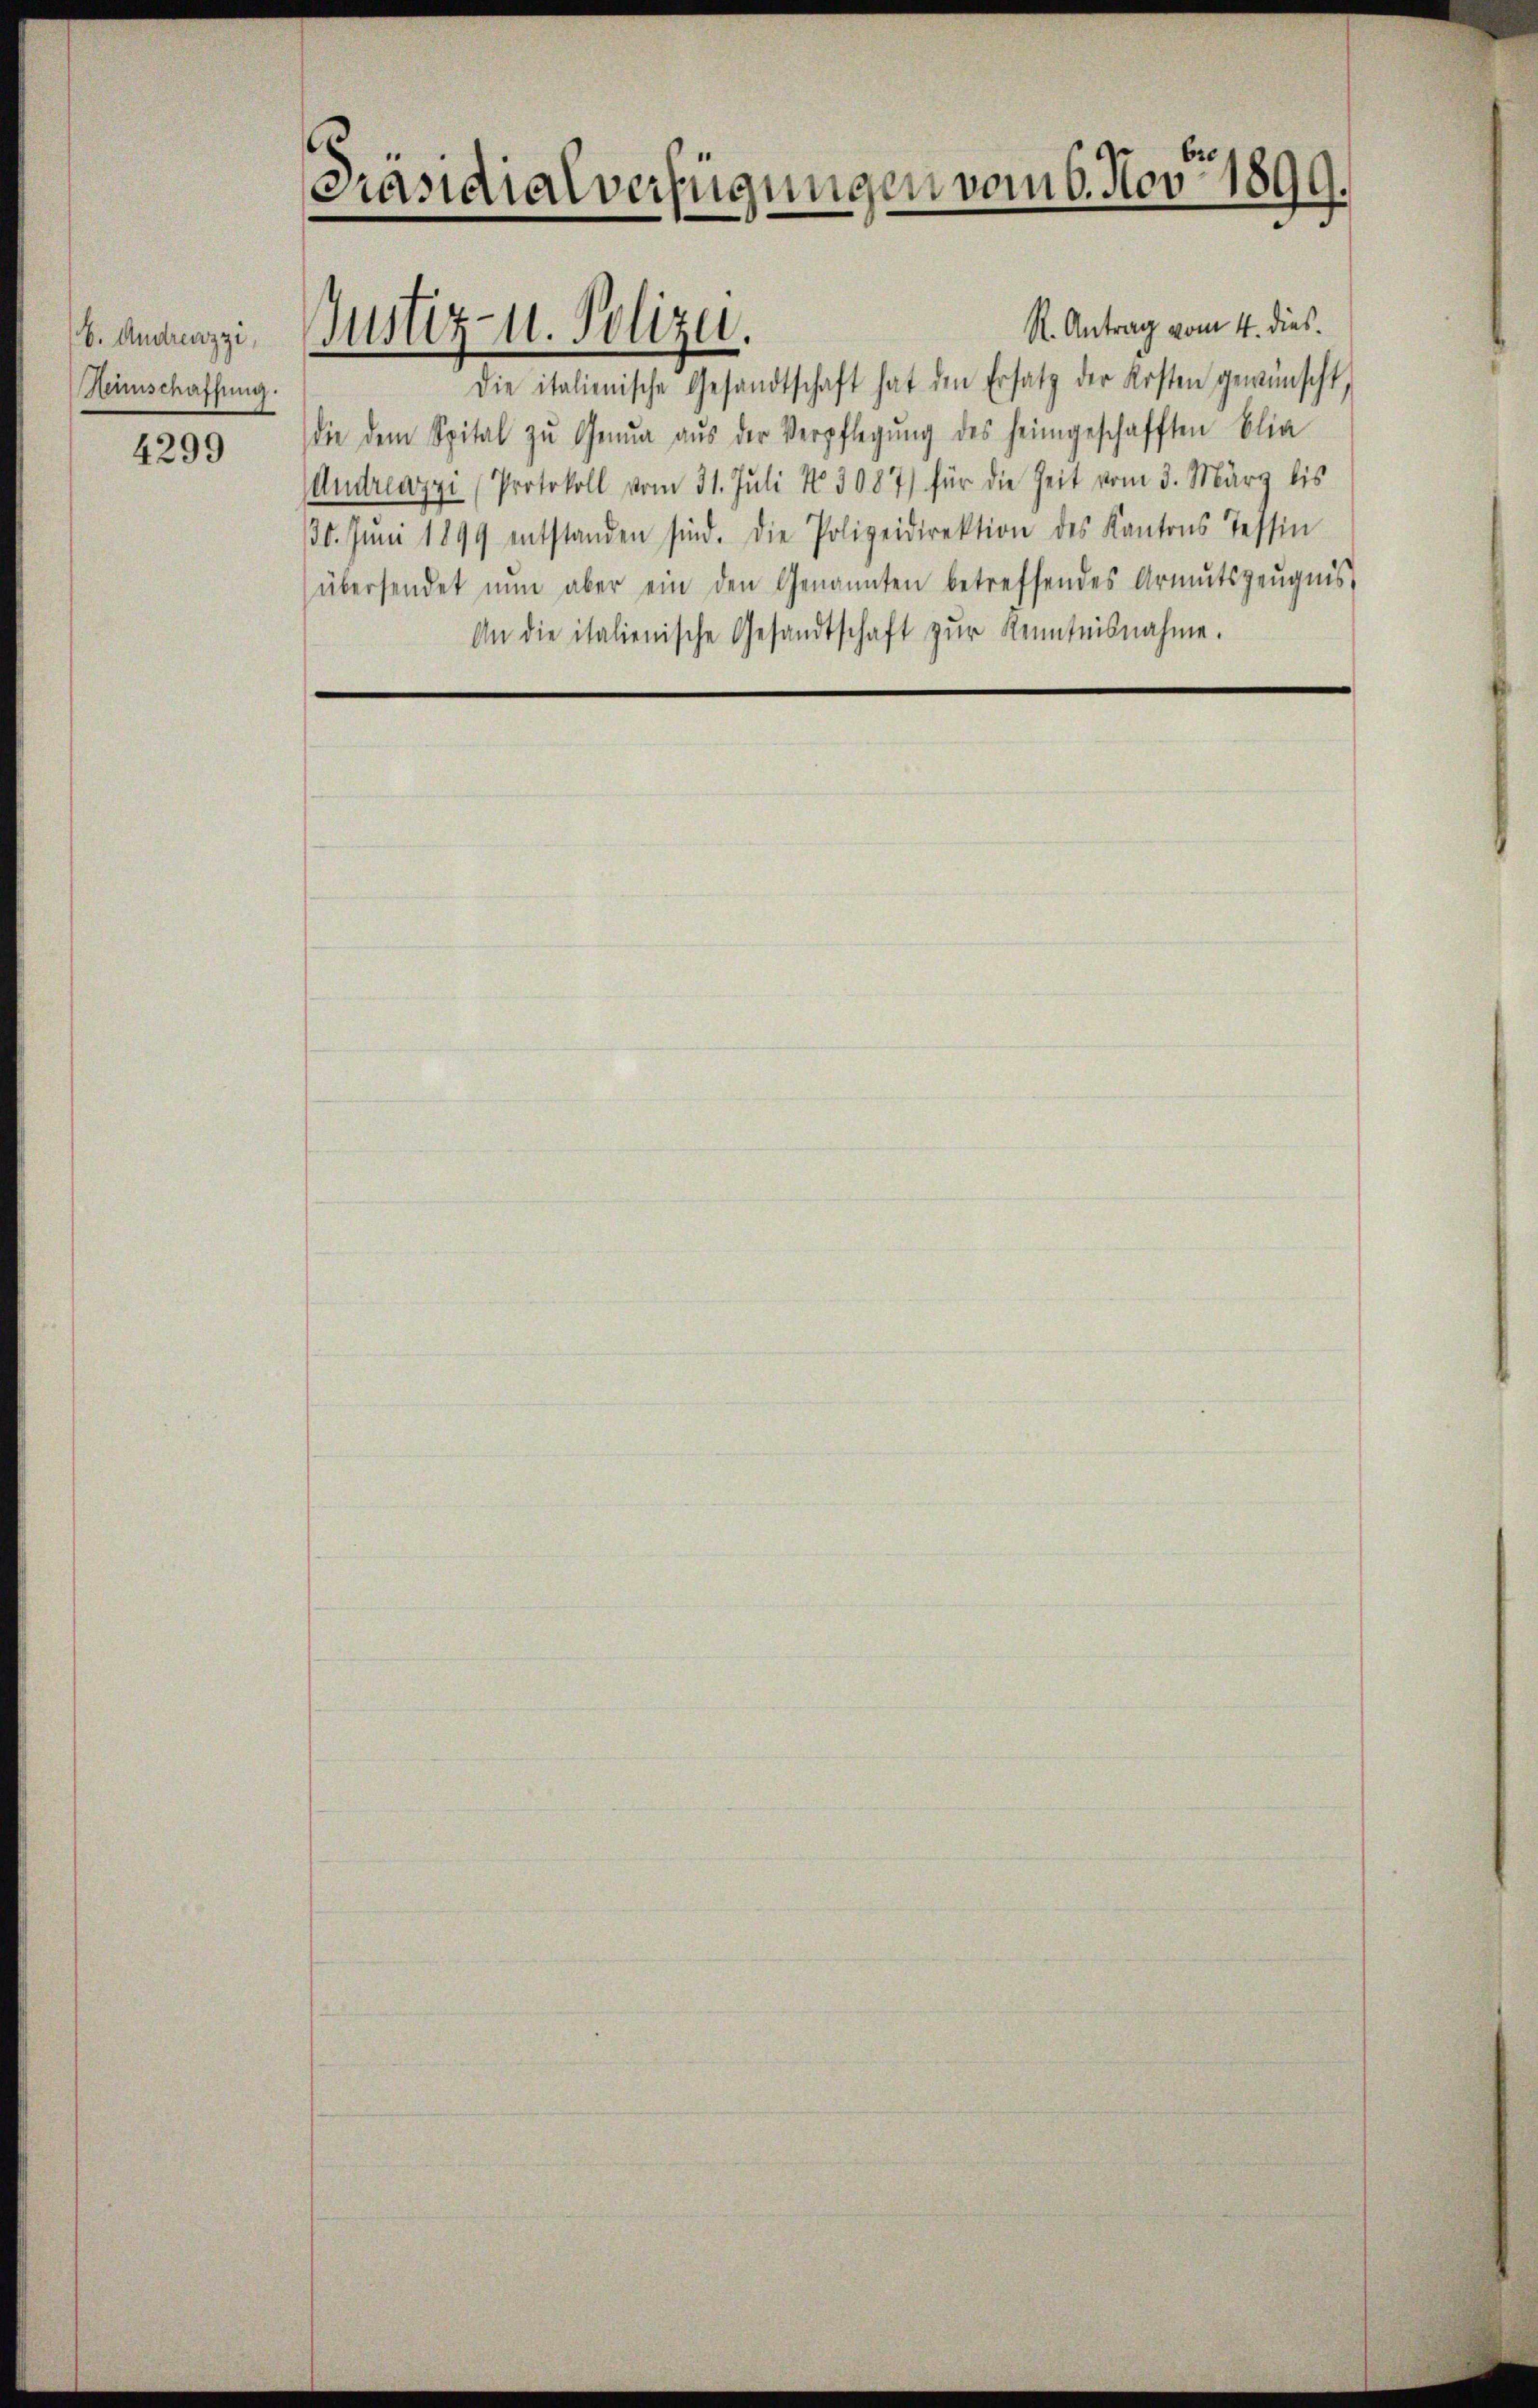
b. Andreazzi,
Heimschaffung.

4299

Präsidialverfügungen vom 6. Nov. 1899.

Justiz- u. Polizei.

R. Antrag vom 4. dies
Die italienische Gesandtschaft hat den Ersatz der Kosten gewünscht,
die dem Spital zŭ Genua aŭs der Verpflegŭng des heimgeschafften Blia
Andreazzi (Protokoll vom 31. Juli No 3087) für die Zeit vom 3. März bis
30. Jŭni 1899 entstanden sind. Die Polizeidirektion des Kantons Tessin
(übersendet nŭn aber ein den Genannten betreffendes Armutszeŭgnis
An die italienische Gesandtschaft zŭr Kenntnisnahme.